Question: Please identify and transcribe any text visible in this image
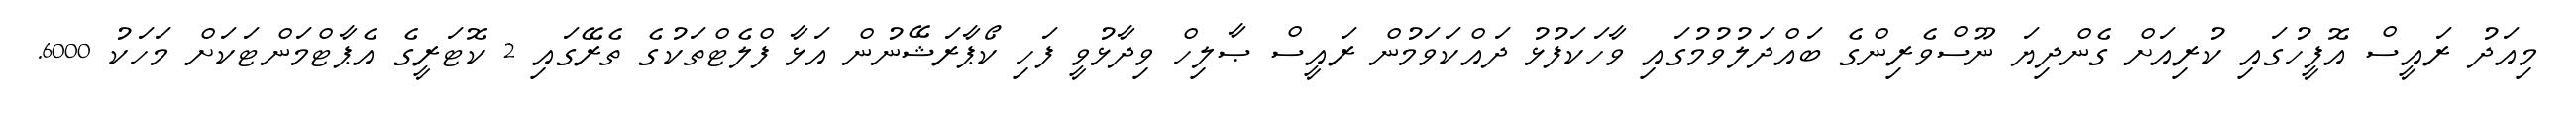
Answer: މިއަދު ރައީސް އޮފީހުގައި ކުރިއަށް ގެންދިޔަ ނޫސްވެރިންގެ ބައްދަލުވުމުގައި ވާހަކަފުޅު ދައްކަވަމުން ރައީސް ޞާލިހް ވިދާޅުވީ ފަހި ކޯޕާރަޝޭނުން އަޅާ ފްލެޓްތަކުގެ ތެރޭގައި 2 ކޮޓަރީގެ އެޕާޓްމަންޓަކަށް މަހަކު 6000.